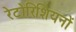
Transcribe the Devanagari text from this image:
रेटोरिशियनों